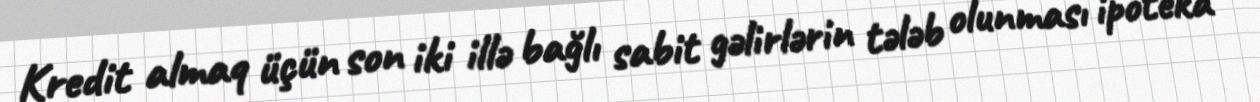
Kredit almaq üçün son iki illə bağlı sabit gəlirlərin tələb olunması ipoteka